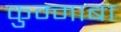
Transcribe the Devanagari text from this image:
कुम्माबा